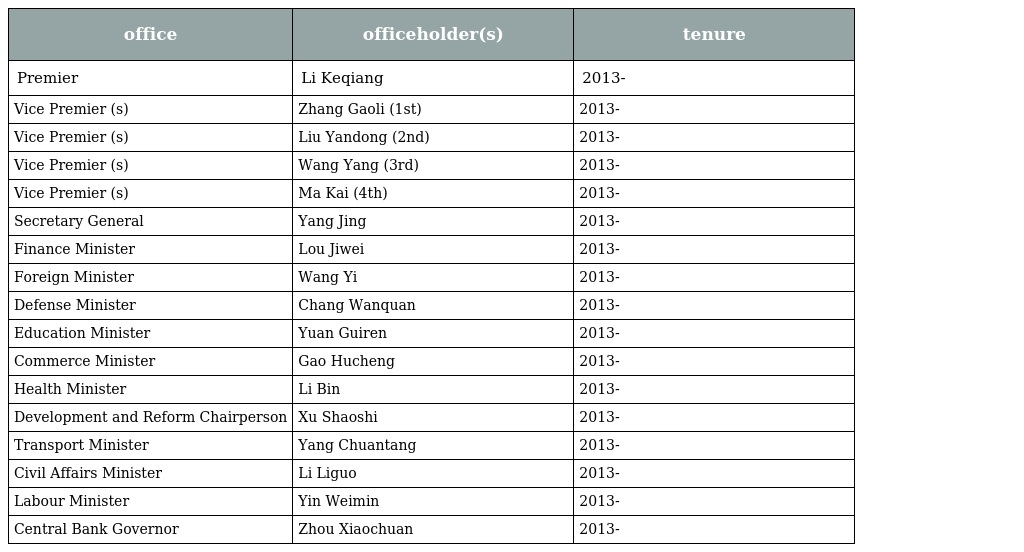
| office | officeholder(s) | tenure |
 | --- | --- | --- |
 | Premier | Li Keqiang | 2013- |
 | Vice Premier (s) | Zhang Gaoli (1st) | 2013- |
 | Vice Premier (s) | Liu Yandong (2nd) | 2013- |
 | Vice Premier (s) | Wang Yang (3rd) | 2013- |
 | Vice Premier (s) | Ma Kai (4th) | 2013- |
 | Secretary General | Yang Jing | 2013- |
 | Finance Minister | Lou Jiwei | 2013- |
 | Foreign Minister | Wang Yi | 2013- |
 | Defense Minister | Chang Wanquan | 2013- |
 | Education Minister | Yuan Guiren | 2013- |
 | Commerce Minister | Gao Hucheng | 2013- |
 | Health Minister | Li Bin | 2013- |
 | Development and Reform Chairperson | Xu Shaoshi | 2013- |
 | Transport Minister | Yang Chuantang | 2013- |
 | Civil Affairs Minister | Li Liguo | 2013- |
 | Labour Minister | Yin Weimin | 2013- |
 | Central Bank Governor | Zhou Xiaochuan | 2013- |